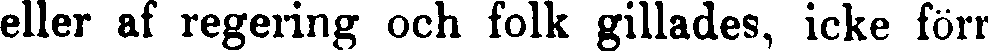
eller af regering och folk gillades, icke förr